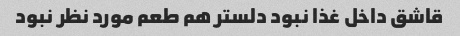
قاشق داخل غذا نبود دلستر هم طعم مورد نظر نبود